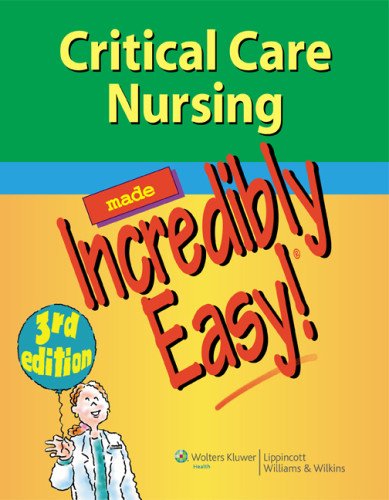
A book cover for Critical Care Nursing Made Incredibly Easy! (Incredibly Easy! SeriesÂ®); Lippincott; Medical Books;